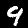
Digit: 9